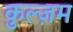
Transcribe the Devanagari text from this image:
कुल्ज़म